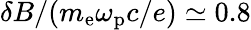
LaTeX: \delta B/(m_{\mathrm{e}}\omega_{\mathrm{p}}c/e)\simeq 0.8